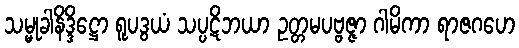
သမ္မုခါနိဒ္ဒိဋ္ဌော ရူပဒွယံ သပ္ပဋိဘယာ ဥတ္တမပဗ္ဗဇ္ဇာ ဂါမိကာ ရာဇဂဟေ